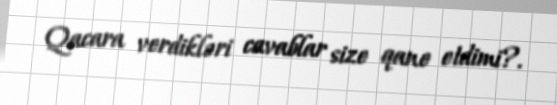
Qacara verdikləri cavablar size qane etdimi?.